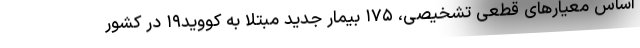
اساس معیارهای قطعی تشخیصی، ۱۷۵ بیمار جدید مبتلا به کووید۱۹ در کشور